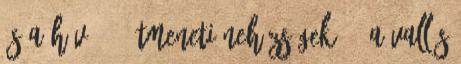
és a hívő 4. Átmeneti nehézségek 5. A vallás